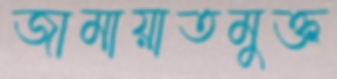
জামায়াতমুক্ত